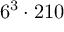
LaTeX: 6 ^ { 3 } \cdot 2 1 0